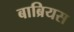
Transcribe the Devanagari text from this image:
बाब्रियस